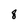
Character: 8